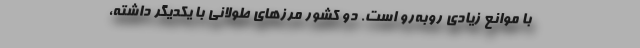
با موانع زیادی روبه‌رو است. دو کشور مرزهای طولانی با یکدیگر داشته،